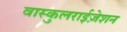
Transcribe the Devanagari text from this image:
वास्कुलराईज़ेशन